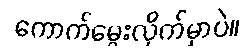
ကောက်မွေးလိုက်မှာပဲ။